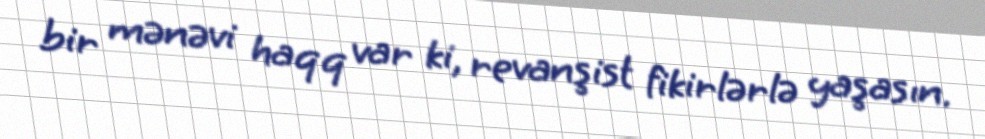
bir mənəvi haqq var ki, revanşist fikirlərlə yaşasın.